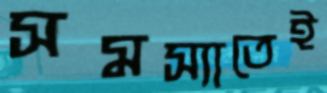
সমস্যাতেই